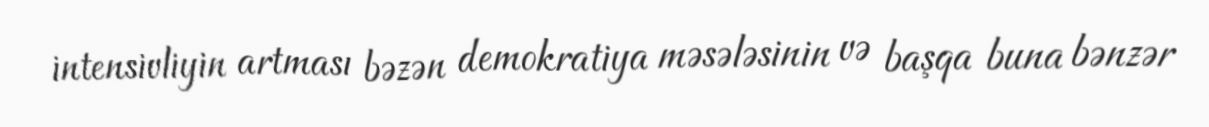
intensivliyin artması bəzən demokratiya məsələsinin və başqa buna bənzər